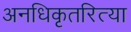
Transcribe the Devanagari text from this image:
अनधिकृतरित्या